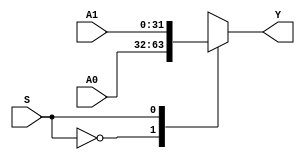
`timescale 1ns / 1ps
//////////////////////////////////////////////////////////////////////////////////
// Company: 
// Engineer: 
// 
// Design Name: 
// Module Name: mux2x32
// Project Name: 
// Target Devices: 
// Tool Versions: 
// Description: 
// 
// Dependencies: 
// 
// Revision:
// Revision 0.01 - File Created
// Additional Comments:
// 
//////////////////////////////////////////////////////////////////////////////////


module mux2x32(A0,A1,S,Y);
    input [31:0] A0,A1;
    input S;
    output [31:0] Y;
    function [31:0] select;
        input [31:0] A0,A1;
        input S;
        case(S)
            0:select=A0;
            1:select=A1;
        endcase
    endfunction
    assign Y=select(A0,A1,S);
endmodule